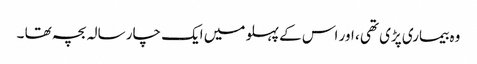
وہ بیماری پڑی تھی ، اور اس کے پہلو میں ایک چار سالہ بچہ تھا ۔